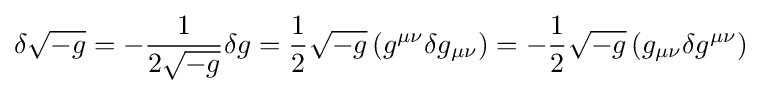
\delta {\sqrt {-g}}=-{\frac {1}{2{\sqrt {-g}}}}\delta g={\frac {1}{2}}{\sqrt {-g}}\left(g^{\mu \nu }\delta g_{\mu \nu }\right)=-{\frac {1}{2}}{\sqrt {-g}}\left(g_{\mu \nu }\delta g^{\mu \nu }\right)